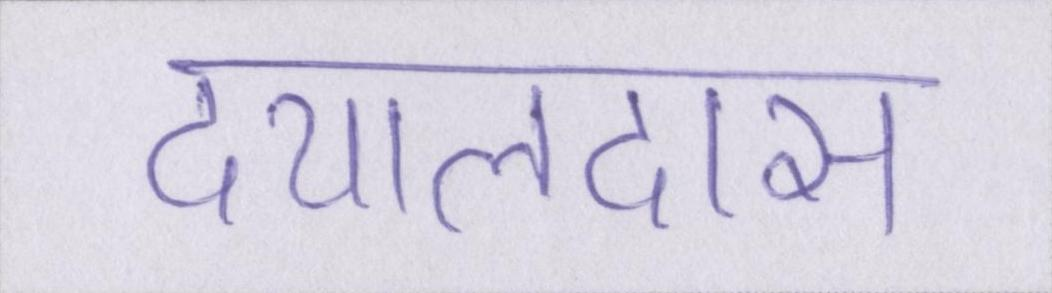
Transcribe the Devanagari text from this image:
दयालदास